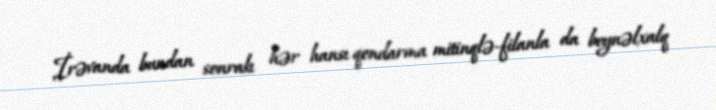
İrəvanda bundan sonrakı hər hansı qondarma mitinqlə-filanla da beynəlxalq